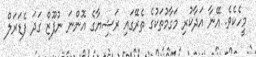
މީހެކެވެ. އޭނާ އަދާކުރި މަގާމުތަކުގެ ތެރޭގައި ރަޝިޔާގެ އޮންނަ ނުފޫޒް ގަދަ ފެޑަރަލް